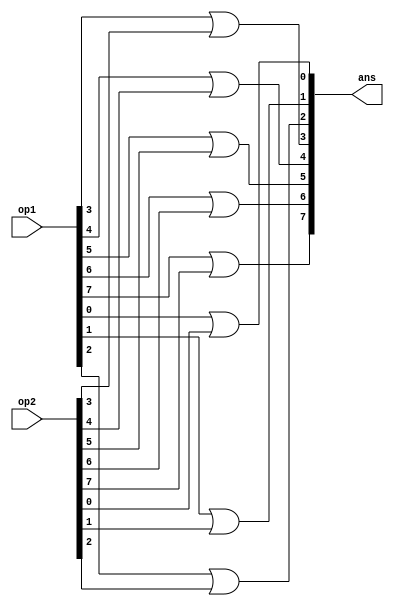
`timescale 1ns/1ps

module bit_or(input[7:0] op1, input[7:0] op2, output[7:0] ans);

	// Bitwise OR of two 8-bit binary numbers

	or(ans[0], op1[0], op2[0]);
	or(ans[1], op1[1], op2[1]);
	or(ans[2], op1[2], op2[2]);
	or(ans[3], op1[3], op2[3]);
	or(ans[4], op1[4], op2[4]);
	or(ans[5], op1[5], op2[5]);
	or(ans[6], op1[6], op2[6]);
	or(ans[7], op1[7], op2[7]);
	
endmodule